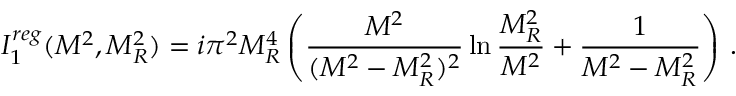
I _ { 1 } ^ { r e g } ( M ^ { 2 } , M _ { R } ^ { 2 } ) = i \pi ^ { 2 } M _ { R } ^ { 4 } \left( \frac { M ^ { 2 } } { ( M ^ { 2 } - M _ { R } ^ { 2 } ) ^ { 2 } } \ln \frac { M _ { R } ^ { 2 } } { M ^ { 2 } } + \frac { 1 } { M ^ { 2 } - M _ { R } ^ { 2 } } \right) \, .